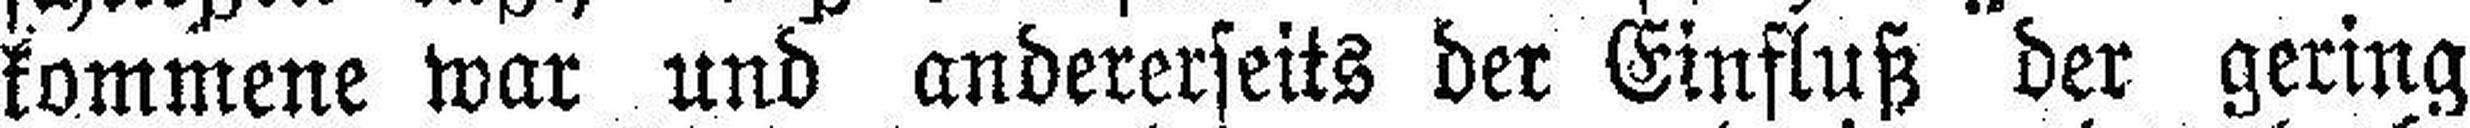
kommene war und andererseits der Einfluß der gering